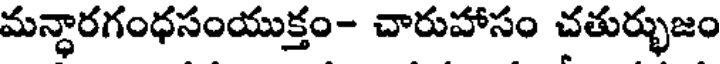
మన్ధారగంధసంయుక్తం- చారుహాసం చతుర్భుజం